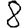
Digit: 8